Calcutta medical institutions reports 1892-1900
Year: 1892
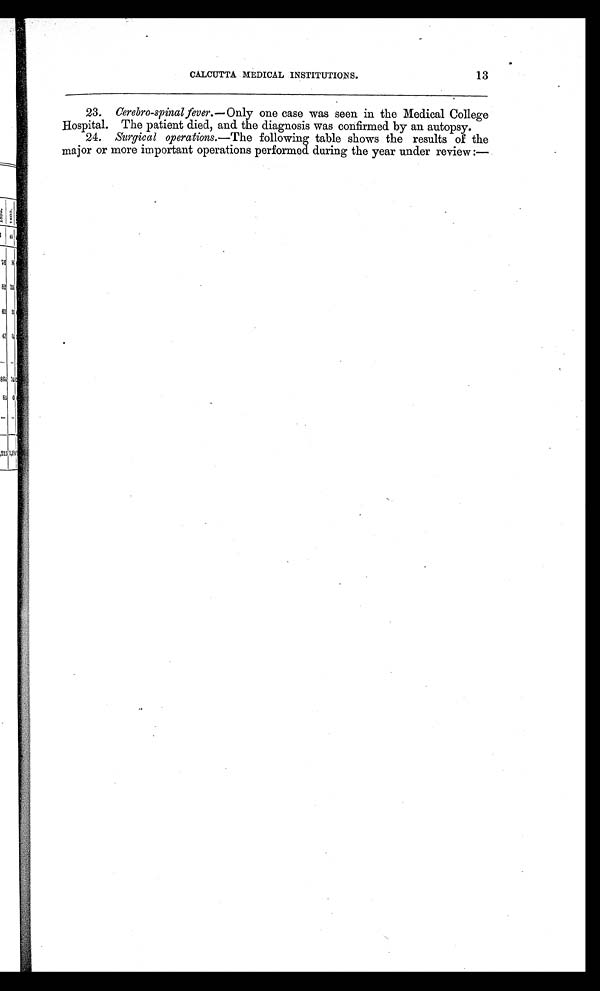
CALCUTTA MEDICAL INSTITUTIONS.
13
23.
Cerebro-spinal fever.—Only one case was seen in the Medical College
Hospital. The patient died, and the diagnosis was confirmed by an autopsy.
24.
Surgical operations .—The following table shows the results of the
major or more important operations performed during the year under review:—